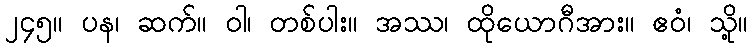
၂၄၅။ ပန၊ ဆက်။ ဝါ၊ တစ်ပါး။ အဿ၊ ထိုယောဂီအား။ ဧဝံ၊ သို့။